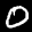
Label: 0